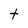
Character: t